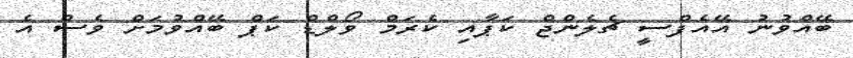
ބޭއްވުނު އޭއެފްސީ ޗެލެންޖް ކަޕާއި ކެރަމް ވޯލްޑް ކަޕް ބޭއްވުމަށް ވެސް އެ